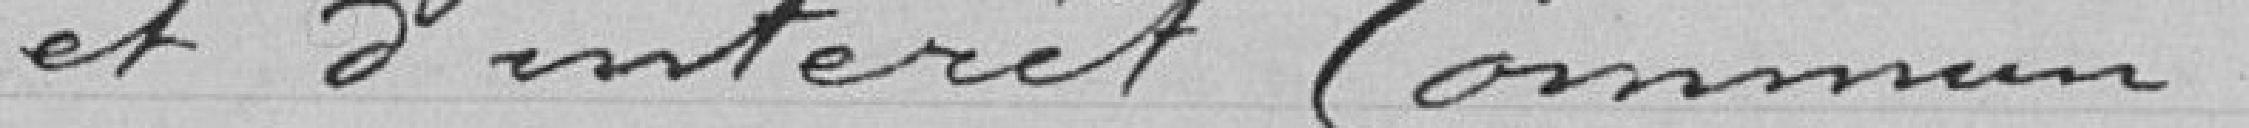
et d'intérêt commun.